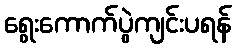
ရွေးကောက်ပွဲကျင်းပရန်